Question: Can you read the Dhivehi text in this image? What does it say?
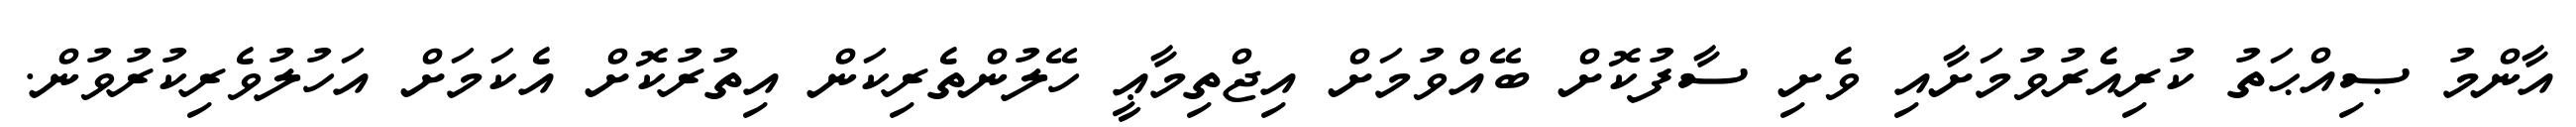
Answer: އާންމު ޞިއްޙަތު ކުރިއެރުވުމަށާއި ވެށި ސާފުކޮށް ބޭއްވުމަށް އިޖްތިމާޢީ ހޭލުންތެރިކަން އިތުރުކޮށް އެކަމަށް އަހުލުވެރިކުރުވުން.